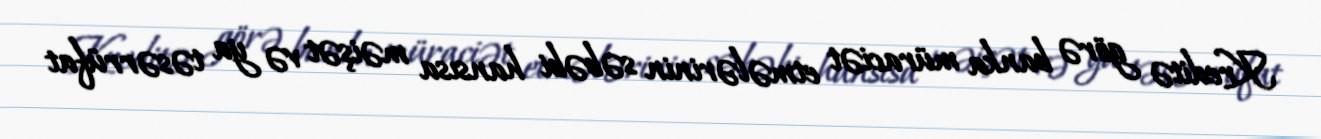
Kreditə görə banka müraciət etmələrinin səbəbi hansısa məişət və ya təsərrüfat